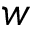
w